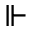
\Vdash